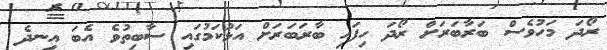
ރޯދަ މަހުވެސް ބަރާބަރަށް ރޯދަ ހިފައި ބާރަބަރަށް އަޅުކަމުގައި ސާބިތުވެ އެބަ އިނދެ